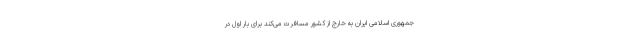
جمهوری اسلامی ایران به خارج از کشور مسافرت می‌کند برای بار اول در